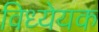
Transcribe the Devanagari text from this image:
विध्येयक